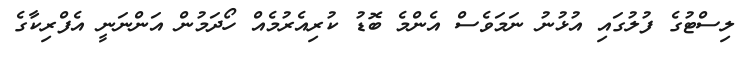
ލިސްޓުގެ ފުލުގައި އުޅުނު ނަމަވެސް އެންމެ ބޮޑު ކުރިއެރުމެއް ހޯދަމުން އަންނަނީ އެފްރިކާގެ